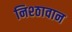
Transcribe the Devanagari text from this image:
निश्ठावान